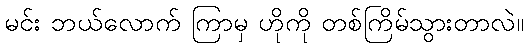
မင်း ဘယ်လောက် ကြာမှ ဟိုကို တစ်ကြိမ်သွားတာလဲ။